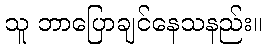
သူ ဘာပြောချင်နေသနည်း။